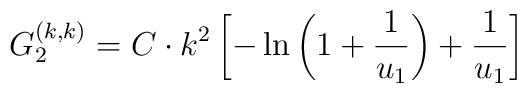
G_2^{(k,k)}= C\cdot k^2\left[-\ln\left(1+\frac{1}{u_1}\right)+\frac{1}{u_1}\right]